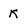
Character: k